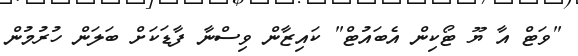
"ވަޓް އާ ޔޫ ޓޯކިން އެބައުޓް" ކައިޒާން ވިސްނާ ފާޑަކަށް ބަލަން ހުރުމުން